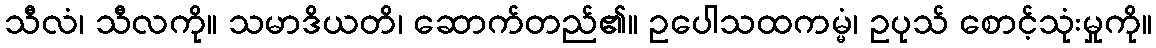
သီလံ၊ သီလကို။ သမာဒိယတိ၊ ဆောက်တည်၏။ ဥပေါသထကမ္မံ၊ ဥပုသ် စောင့်သုံးမှုကို။